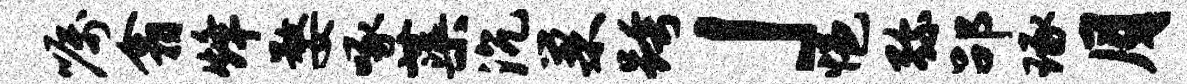
嘱翕烽婺啄蕖沉巢跨」悒弥劭琢月